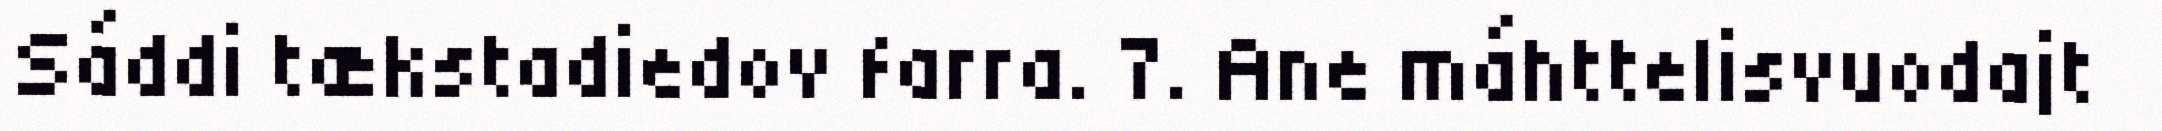
Sáddi tækstadiedov farra. 7. Ane máhttelisvuodajt